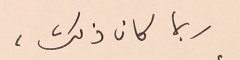
ربما كان ذلك،